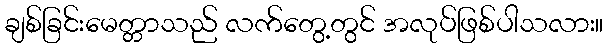
ချစ်ခြင်းမေတ္တာသည် လက်တွေ့တွင် အလုပ်ဖြစ်ပါသလား။